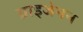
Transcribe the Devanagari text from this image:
ग्राइजेनन